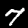
Digit: 7